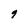
Character: 9